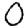
Digit: 0